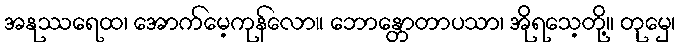
အနုဿရေထ၊ အောက်မေ့ကုန်လော။ ဘောန္တောတာပသာ၊ အိုရသေ့တို့။ တုမှေ၊